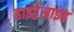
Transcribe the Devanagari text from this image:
हाइड्रेसाइड